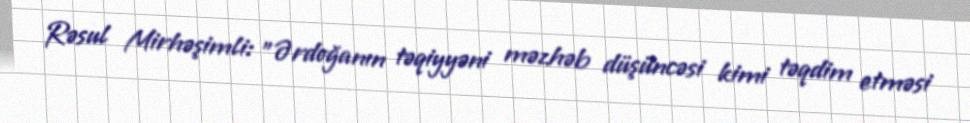
Rəsul Mirhəşimli: ”Ərdoğanın təqiyyəni məzhəb düşüncəsi kimi təqdim etməsi